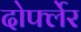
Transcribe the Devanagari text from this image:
दोर्फ्लेर